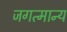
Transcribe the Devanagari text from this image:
जगत्मान्य